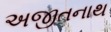
અજીતનાથ